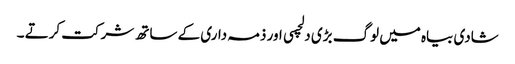
شادی بیاہ میں لوگ بڑی دلچسی اور ذمہ داری کے ساتھ شرکت کرتے ۔